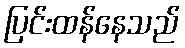
ပြင်းထန်နေသည်